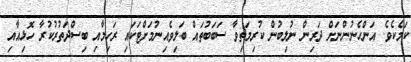
ކަމެކެވެ. އަންހެނުންނަށް ދަރިން ނުލިބުން ކުރިމަތިވާ ސަބަބުތައް ބަލިވެއިނުމަށްޓަކައި ރަހިމާއި ބިސްދަތުރުކުރާ ހޮޅިއާއި